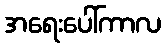
အရေးပေါ်ကာလ